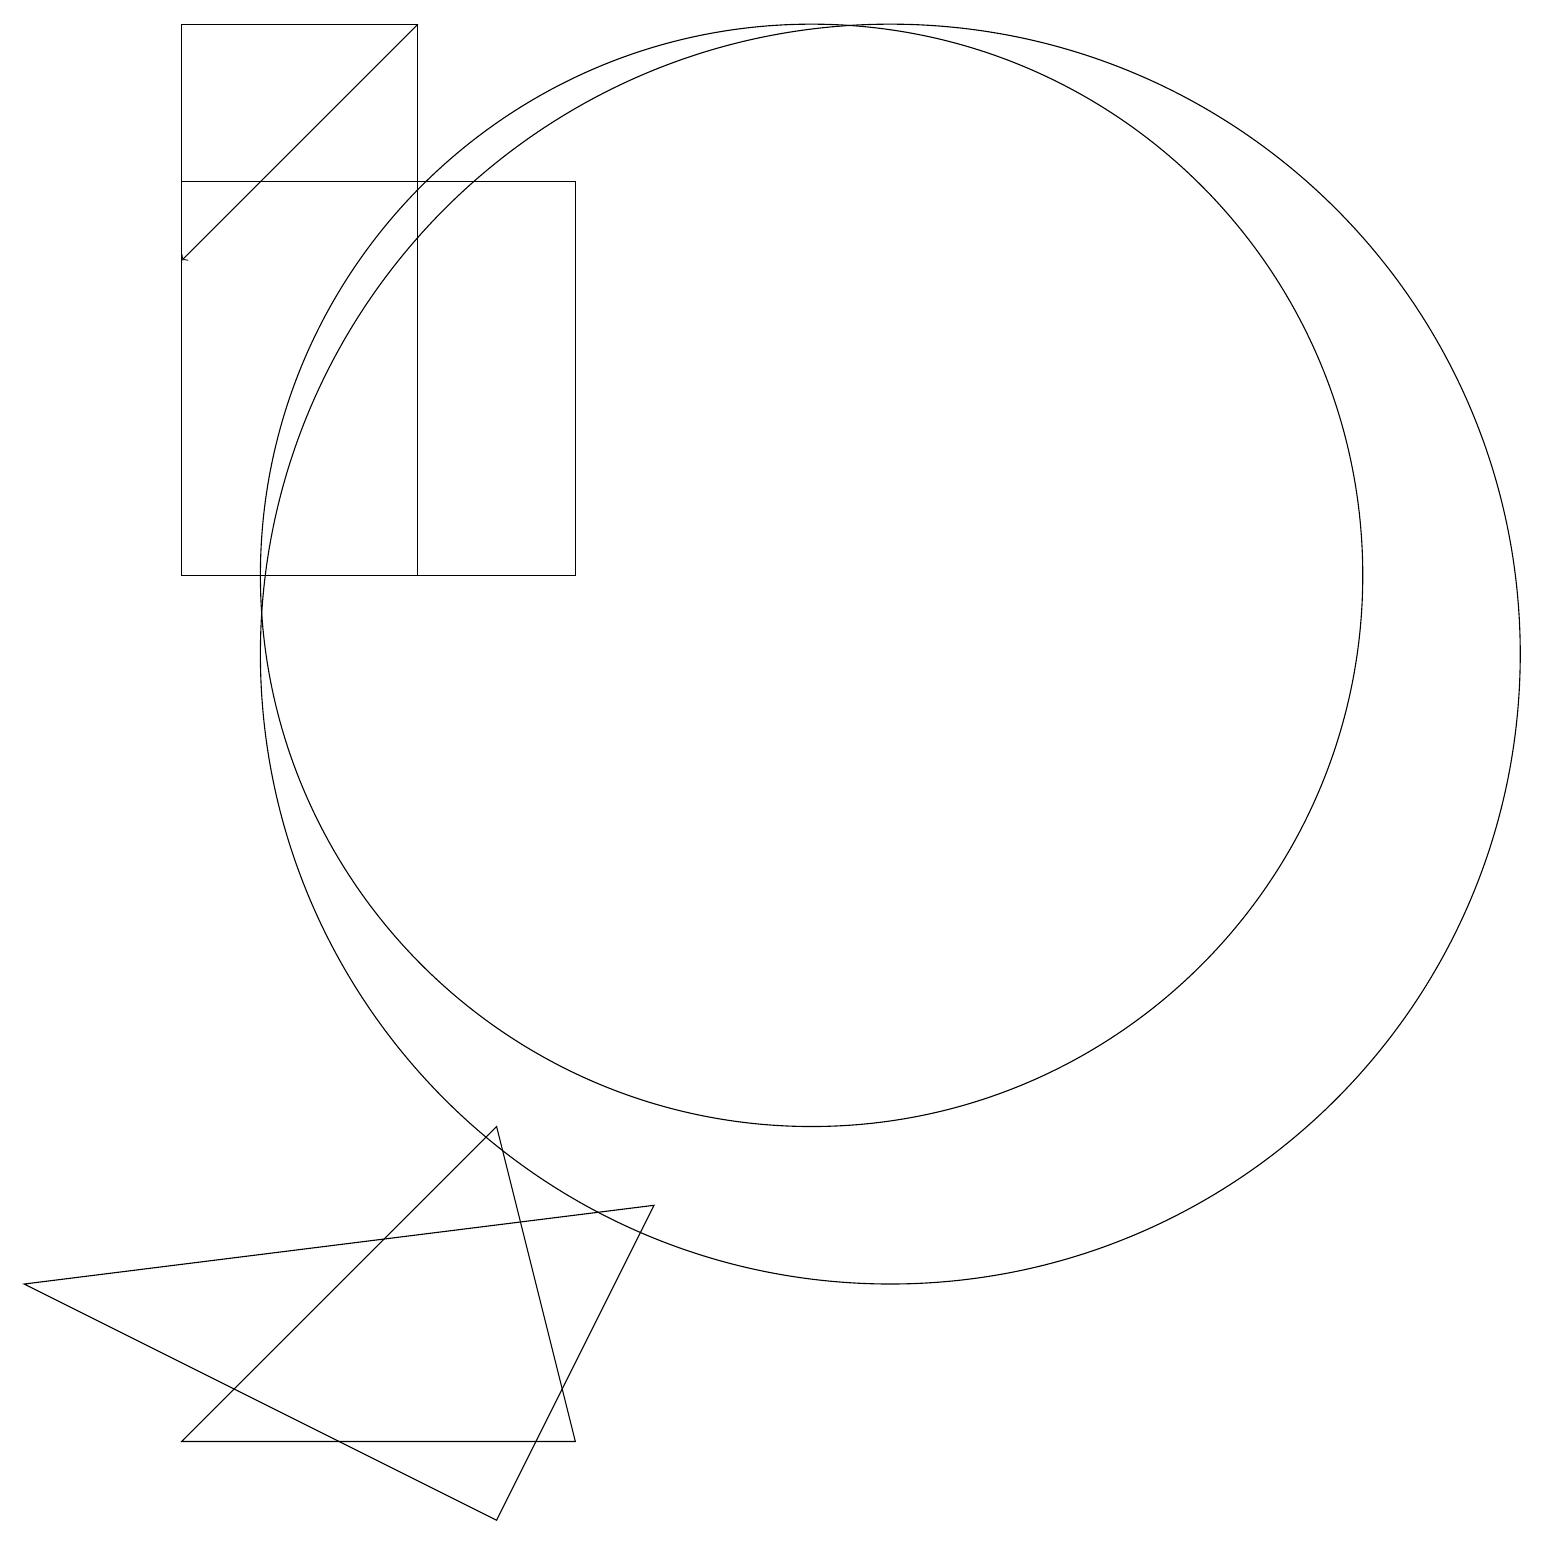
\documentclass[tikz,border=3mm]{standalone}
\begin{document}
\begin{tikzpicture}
\draw (7,17) rectangle (2,12);
\draw (6,5) -- (7,1) -- (2,1) -- cycle;
\draw (2,19) rectangle (5,12);
\draw (11,11) circle (8);
\draw (0,3) -- (6,0) -- (8,4) -- cycle;
\draw (10,12) circle (7);
\draw[->] (5,19) -- (2,16);
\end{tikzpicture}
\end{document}